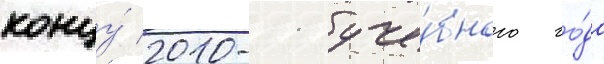
концу́ 2010-11 уче́бного го́да